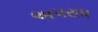
અપરાધ